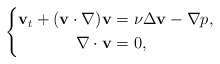
\begin{align*}\left\{\begin{aligned}\mathbf{v}_t+(\mathbf{v}\cdot \nabla)\mathbf{v}&=\nu\Delta {\bf v}-\nabla p,\\ \nabla\cdot \mathbf{v}&=0,\end{aligned}\right.\end{align*}